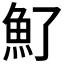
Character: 𩵌